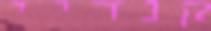
קנדיי